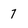
Character: 7